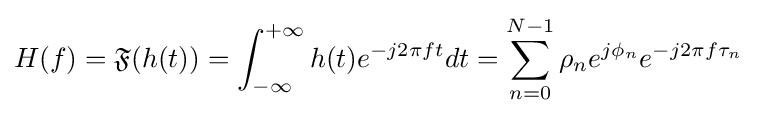
H(f)={\mathfrak {F}}(h(t))=\int _{-\infty }^{+\infty }{h(t)e^{-j2\pi ft}dt}=\sum _{n=0}^{N-1}{\rho _{n}e^{j\phi _{n}}e^{-j2\pi f\tau _{n}}}